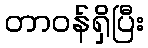
တာဝန်ရှိပြီး